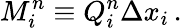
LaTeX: M_{i}^{n}\equiv Q_{i}^{n}\Delta x_{i}\, .